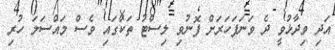
އަދި ވިދާޅުވީ ދެ ވަނަފަހަރަށް ފޮނުވި ލިސްޓު ތަކުގައި ވެސް މައްސަލަ ހުރި